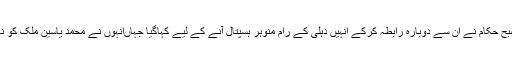
انہوں نے کہاکہ آج صبح حکام نے ان سے دوبارہ رابطہ کرکے انہیں دہلی کے رام منوہر ہسپتال آنے کے لیے کہاگیا جہاںانہوں نے محمد یاسین ملک کو نازک حالت میں دیکھا۔